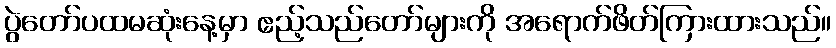
ပွဲတော်ပထမဆုံးနေ့မှာ ဧည့်သည်တော်များကို အရောက်ဖိတ်ကြားထားသည်။